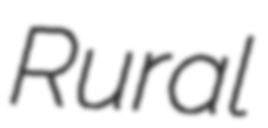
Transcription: Rural